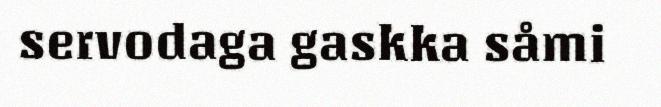
servodaga gaskka såmi